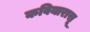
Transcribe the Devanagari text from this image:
कवियारासू